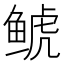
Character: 𩾇